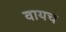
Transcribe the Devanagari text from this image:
वायच